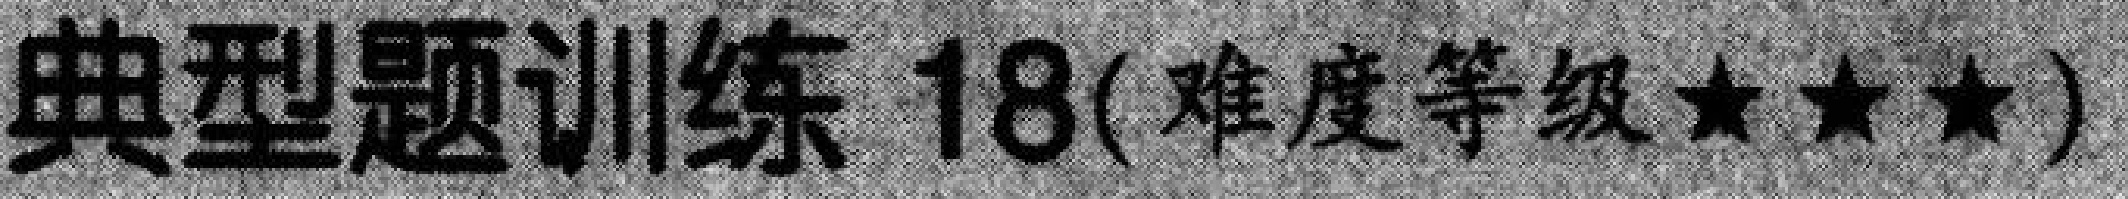
典型题训练 18(难度等级★★★)